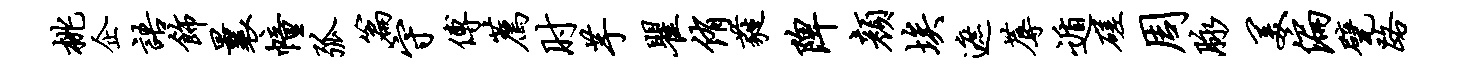
桃企语饰曩幢弧篇守傅荐肘芋瞿侑蕤陴颜埃遮蓐遁磋周脉美偏甓路